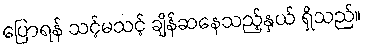
ပြောရန် သင့်မသင့် ချိန်ဆနေသည့်နှယ် ရှိသည်။